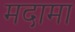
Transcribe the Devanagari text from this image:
मदामा